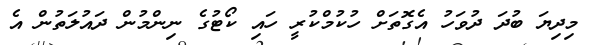
މިދިޔަ ބުދަ ދުވަހު އެގޮތަށް ހުކުމްކުރީ ހައި ކޯޓުގެ ނިންމުން ދައުލަތުން އެ